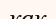
как